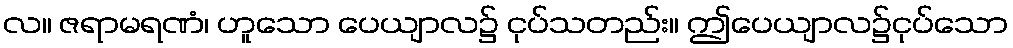
လ။ ဇရာမရဏံ၊ ဟူသော ပေယျာလ၌ ငုပ်သတည်း။ ဤပေယျာလ၌ငုပ်သော